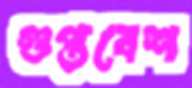
গুপ্তবেশ